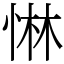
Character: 惏